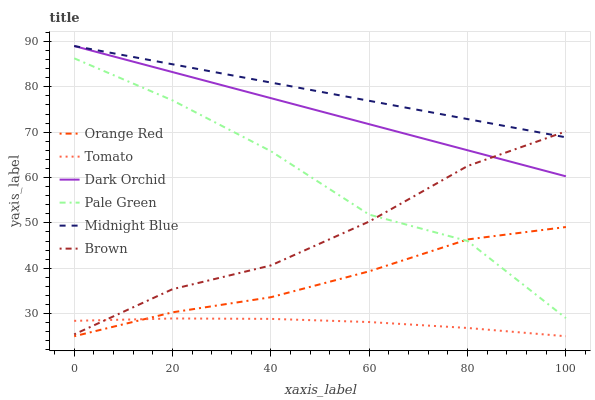
| xaxis_label | Orange Red | Tomato | Dark Orchid | Pale Green | Midnight Blue | Brown |
 | --- | --- | --- | --- | --- | --- | --- |
 | 0 | 25 | 28.4 | 89 | 86.3 | 89 | 25.4 |
 | 20 | 30.3 | 28.9 | 83.3 | 77 | 85 | 35.4 |
 | 40 | 33.6 | 28.8 | 77.5 | 65.8 | 80.9 | 40.6 |
 | 60 | 39.3 | 28.1 | 71.8 | 51.8 | 76.9 | 50.3 |
 | 80 | 46.3 | 26.8 | 66 | 46 | 72.9 | 62.5 |
 | 100 | 49.1 | 25 | 60.3 | 29 | 68.9 | 70.2 |